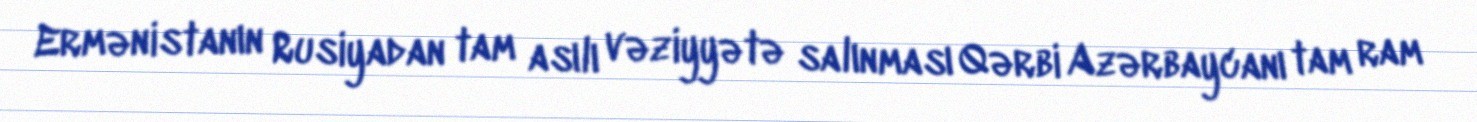
Ermənistanın Rusiyadan tam asılı vəziyyətə salınması Qərbi Azərbaycanı tam ram